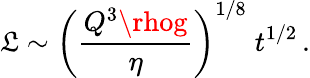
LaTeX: \mathfrak{L}\sim\left(\frac{{Q^{3}\rhog}}{{\eta}}\right)^{1/8}\; t^{1/2}\, .